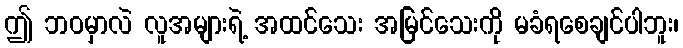
ဤ ဘဝမှာလဲ လူအများရဲ့ အထင်သေး အမြင်သေးကို မခံရစေချင်ပါဘူး၊